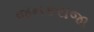
જનકરાજા